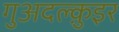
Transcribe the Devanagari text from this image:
गुअदल्क़ुइर